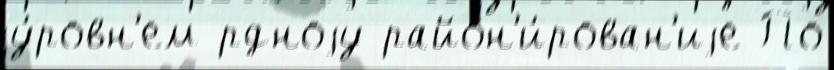
у́ровн'ем рдноjу район'и́рован'иjе По